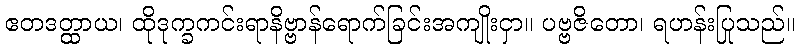
ဧတဒတ္ထာယ၊ ထိုဒုက္ခကင်းရာနိဗ္ဗာန်ရောက်ခြင်းအကျိုးငှာ။ ပဗ္ဗဇိတော၊ ရဟန်းပြုသည်။